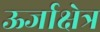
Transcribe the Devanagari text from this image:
ऊर्जाक्षेत्र